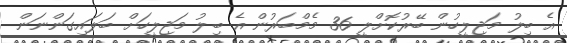
އެ ބިލު މަޖިލީހުން ބޭރުކޮށްލީ 36 މެމްބަރުން އެ ބިލު މަޖިލީހަށް ބަލައިގަންނަން